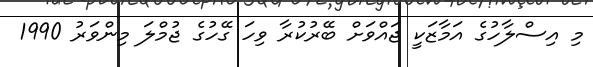
މި އިސްލާހުގެ އަމާޒަކީ ޖައްވަށް ބޭރުކުރާ ވިހަ ގޭހުގެ ޖުމްލަ މިންވަރު 1990